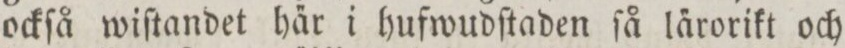
ockſå wiſtandet ha̋r i hufwudſtaden ſå la̋rorikt och